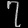
Digit: ၇